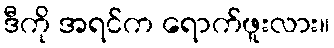
ဒီကို အရင်က ရောက်ဖူးလား။